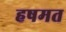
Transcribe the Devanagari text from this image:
हषमत